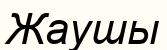
Жаушы